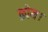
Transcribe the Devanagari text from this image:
क्रोम।